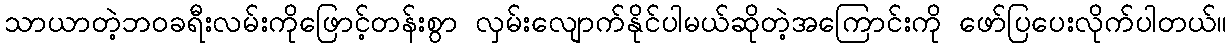
သာယာတဲ့ဘဝခရီးလမ်းကိုဖြောင့်တန်းစွာ လှမ်းလျောက်နိုင်ပါမယ်ဆိုတဲ့အကြောင်းကို ဖော်ပြပေးလိုက်ပါတယ်။